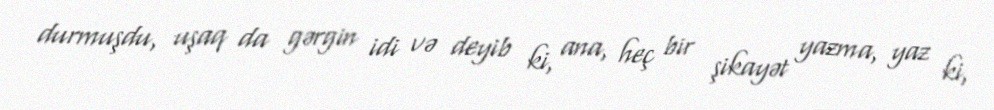
durmuşdu, uşaq da gərgin idi və deyib ki, ana, heç bir şikayət yazma, yaz ki,